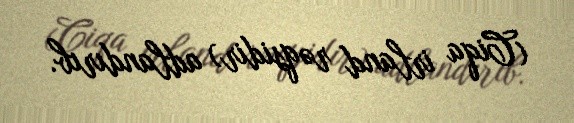
(Ciqa irland rəqsidir) adlandırıb.